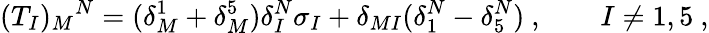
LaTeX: (T_{I})_{M}{}^{N}=(\delta_{M}^{1}+\delta_{M}^{5})\delta_{I}^{N}\sigma_{I}+\delta_{MI}(\delta_{1}^{N}-\delta_{5}^{N})\ ,\qquad I\neq 1,5\ ,